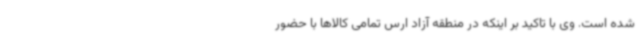
شده است. وی با تاکید بر اینکه در منطقه آزاد ارس تمامی کالاها با حضور